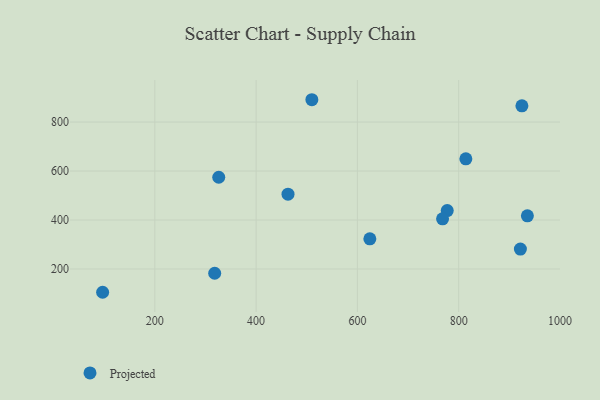
{"axis": {"x": "Experience", "y": "Yield"}, "legend": ["Projected"], "data": [{"x": "326.2", "y": 574.6, "type": "Projected"}, {"x": "777.4", "y": 438.4, "type": "Projected"}, {"x": "814.2", "y": 649.6, "type": "Projected"}, {"x": "624.6", "y": 323.0, "type": "Projected"}, {"x": "921.9", "y": 281.2, "type": "Projected"}, {"x": "510.1", "y": 891.1, "type": "Projected"}, {"x": "463.0", "y": 505.5, "type": "Projected"}, {"x": "935.7", "y": 416.9, "type": "Projected"}, {"x": "924.9", "y": 866.2, "type": "Projected"}, {"x": "96.9", "y": 104.9, "type": "Projected"}, {"x": "318.2", "y": 182.6, "type": "Projected"}, {"x": "768.2", "y": 404.8, "type": "Projected"}]}